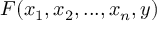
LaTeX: F ( x _ { 1 } , x _ { 2 } , . . . , x _ { n } , y )